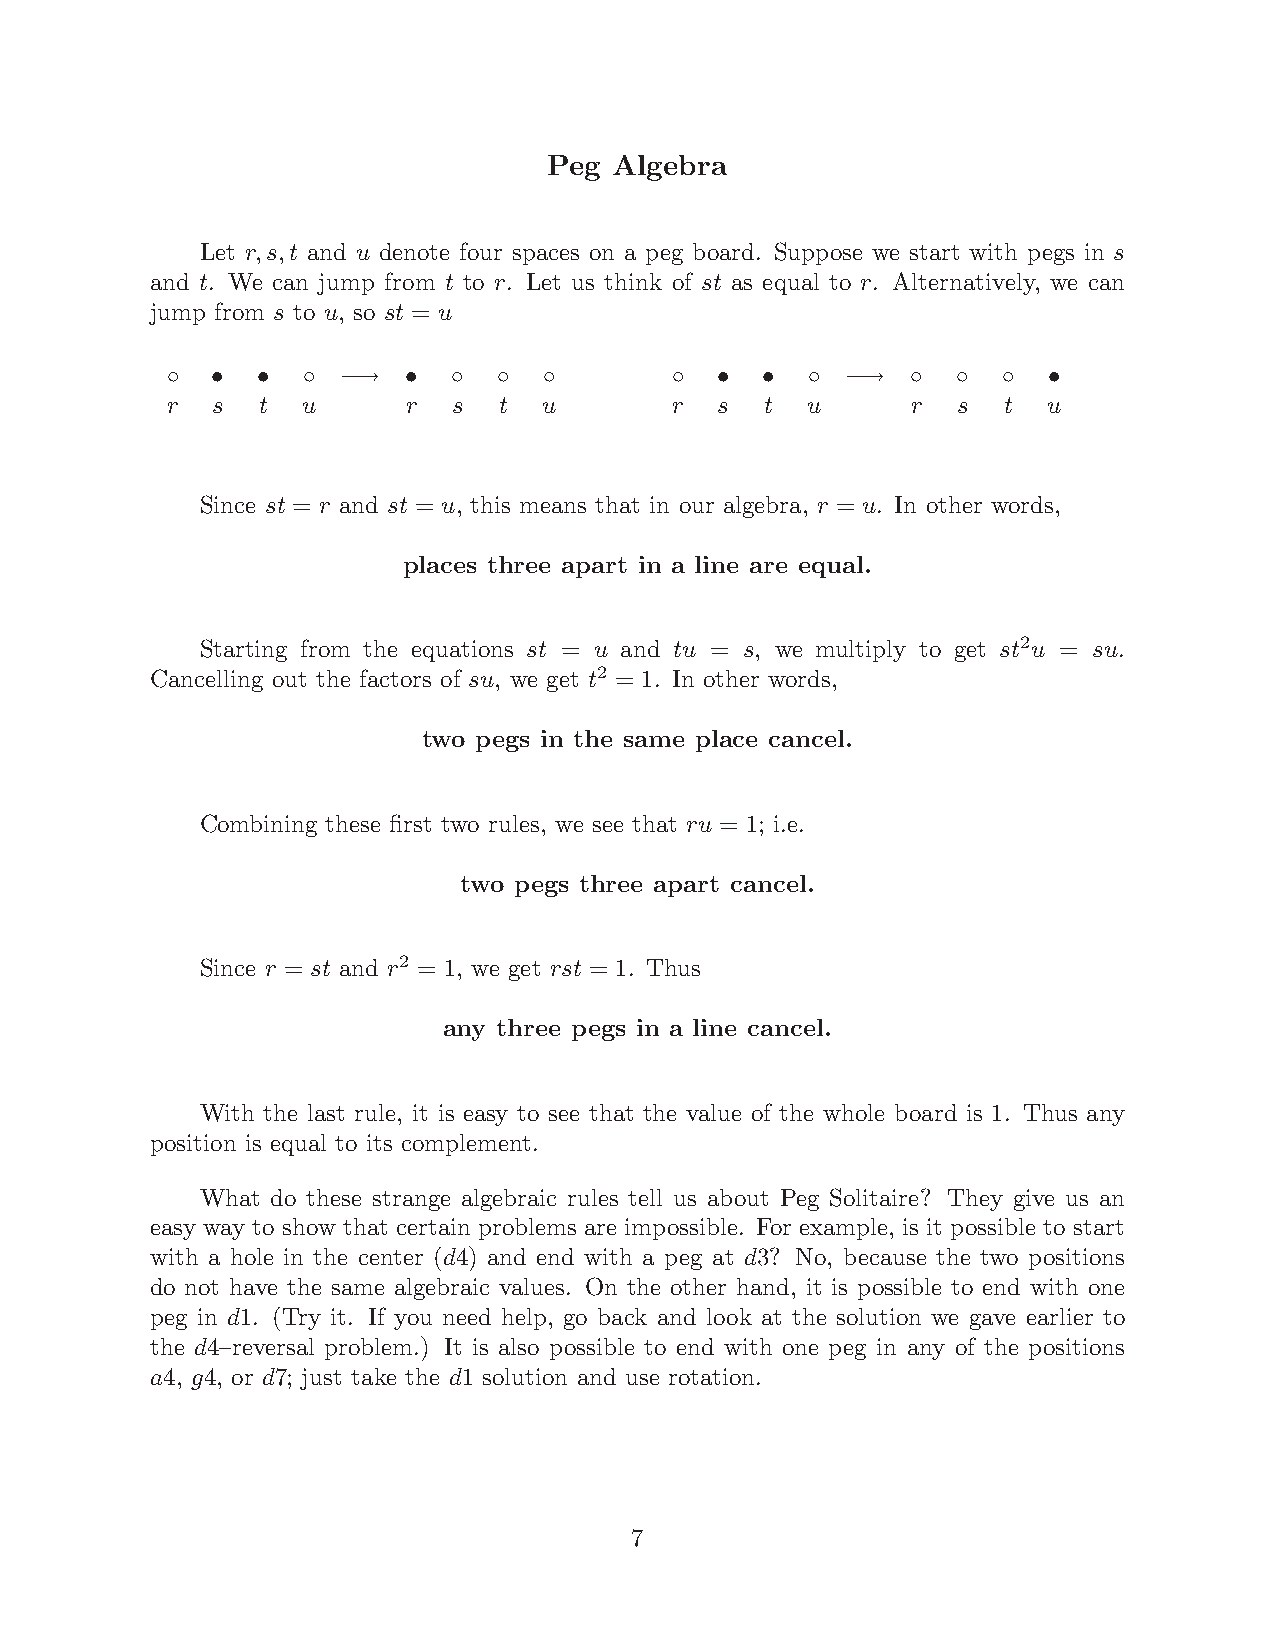
Peg  Algebra
 Let r;s;t and u denote four spaces on a peg board. Suppose we start with pegs in s
 and t. We can jump from t to r. Let us think of st as equal to r. Alternatively, we can
 jump from s to u, so st = u
 –  †  †  –  ¡!  †  –  –  –       –   †  †  – ¡!  –  –  –  †
 r  s  t  u      r  s  t  u        r  s  t u      r  s  t  u
 Since st = r and st = u, this means that in our algebra, r = u. In other words,
 places three apart in a line are equal.
 Starting from the equations st = u and tu = s, we multiply to get st2u = su.
 Cancelling out the factors of su, we get t2 = 1. In other words,
 two pegs in the same place cancel.
 Combining these flrst two rules, we see that ru = 1; i.e.
 two pegs three apart cancel.
 Since r = st and r2 = 1, we get rst = 1. Thus
 any three pegs in a line cancel.
 With the last rule, it is easy to see that the value of the whole board is 1. Thus any
 position is equal to its complement.
 What do these strange algebraic rules tell us about Peg Solitaire? They give us an
 easy way to show that certain problems are impossible. For example, is it possible to start
 with a hole in the center (d4) and end with a peg at d3? No, because the two positions
 do not have the same algebraic values. On the other hand, it is possible to end with one
 peg in d1. (Try it. If you need help, go back and look at the solution we gave earlier to
 the d4{reversal problem.) It is also possible to end with one peg in any of the positions
 a4, g4, or d7; just take the d1 solution and use rotation.
 7